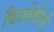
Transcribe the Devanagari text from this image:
विजोतीनी